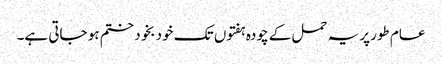
عام طورپر یہ حمل کے چودہ ہفتوں تک خود بخود ختم ہو جاتی ہے۔